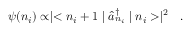
\psi ( n _ { i } ) \propto \mid < n _ { i } + 1 \mid \hat { a } _ { n _ { i } } ^ { \dag } \mid n _ { i } > \mid ^ { 2 } \ \ .